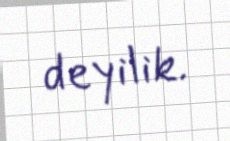
deyilik.